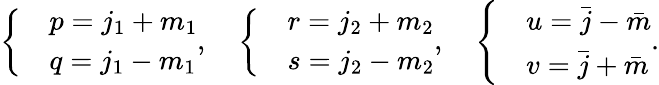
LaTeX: \left\{ \begin{array}{ll}&{p=j_{1}+m_{1}}\\ &{q=j_{1}-m_{1}}\end{array}\right.,\quad\left\{ \begin{array}{ll}&{r=j_{2}+m_{2}}\\ &{s=j_{2}-m_{2}}\end{array}\right.,\quad\left\{ \begin{array}{ll}&{u=\bar{j}-\bar{m}}\\ &{v=\bar{j}+\bar{m}}\end{array}\right..